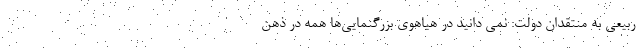
ربیعی به منتقدان دولت: نمی دانید در هیاهوی بزرگنمایی‌ها همه در ذهن